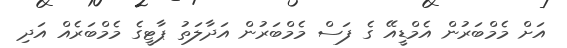
އަށް މެމްބަރުން އެމްޑީއޭ ގެ ފަސް މެމްބަރުން އަދާލަތު ޕާޓީގެ މެމްބަރެއް އަދި